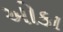
ઓકા